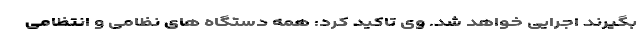
بگیرند اجرایی خواهد شد. وی تاکید کرد: همه دستگاه های نظامی و انتظامی